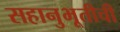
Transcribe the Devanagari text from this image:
सहानुभूतीची